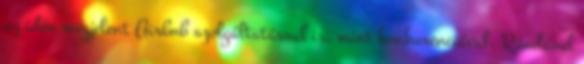
az idén megjelent Airbnb szolgáltatással is, mint konkurenciával. Ráadásul